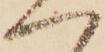
へ